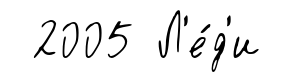
2005 Л'е́д'и